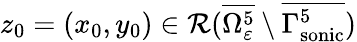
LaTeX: z_{0}=(x_{0},y_{0})\in\mathcal{R}(\overline{{\Omega_{\varepsilon}^{5}}}\setminus\overline{{\Gamma_{\mathrm{sonic}}^{5}}})